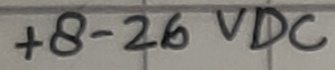
Text: +8-26VDC